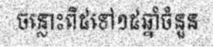
ចន្លោះពី៥ទៅ១៥ឆ្នាំចំនួន